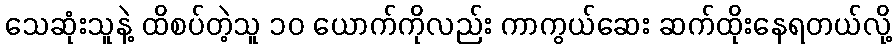
သေဆုံးသူနဲ့ ထိစပ်တဲ့သူ ၁၀ ယောက်ကိုလည်း ကာကွယ်ဆေး ဆက်ထိုးနေရတယ်လို့